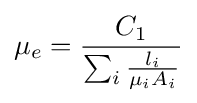
\mu _{e}={\frac {C_{1}}{\sum _{i}{\frac {l_{i}}{\mu _{i}A_{i}}}}}